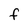
Character: F